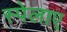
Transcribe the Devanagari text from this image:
स्पेलाए